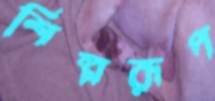
শিল্পরূপ